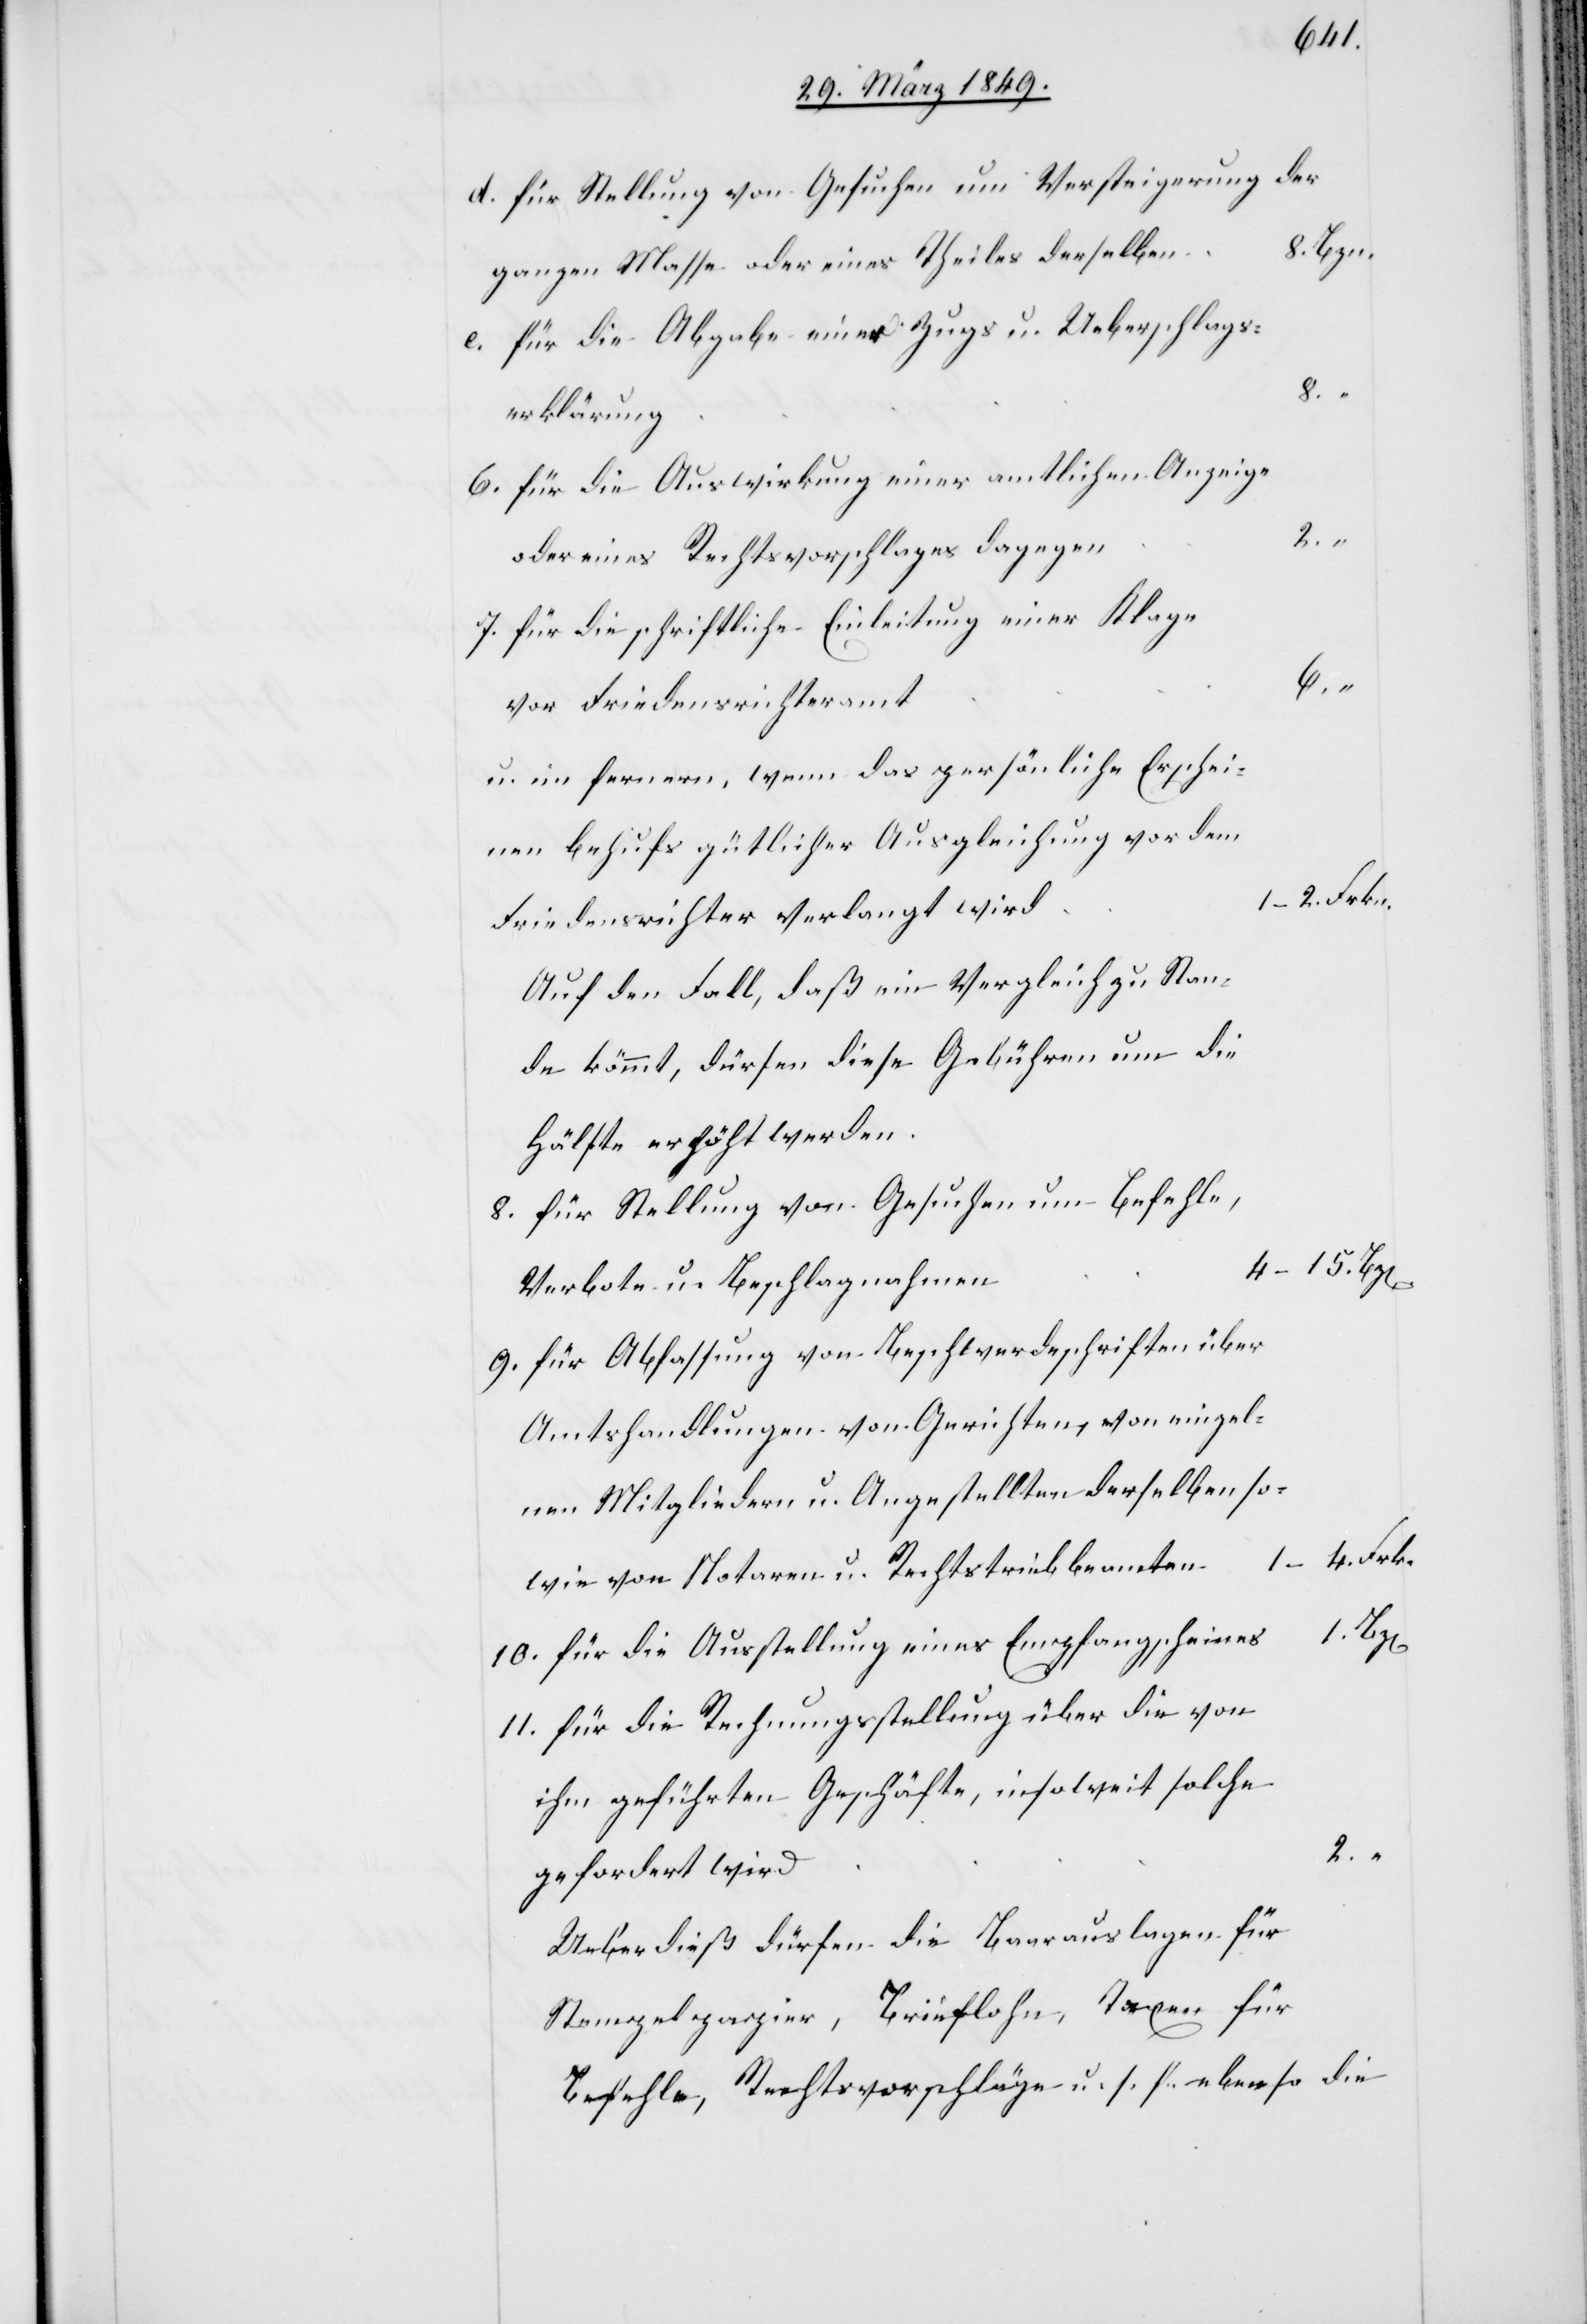
der
d. für Stellung von Gesuchen um Versteigerung
8. Bzn.
ganzen Masse oder eines Theiles derselben
e. für die Abgabe einer Zugs u. Ueberschlags¬
erklärung
6. für die Auswirkung einer amtlichen Anzeige
2. “
oder eines Rechtsvorschlages dagegen
7. für die schriftliche Einleitung einer Klage
vor Friedensrichteramt
u. im fernern, wenn das persönliche Erschei¬
nen behufs gütlicher Ausgleichung vor dem
1–4. Frk.
Friedensrichter verlangt wird.
Auf den Fall, daß ein Vergleich zu Stan¬
de kömmt, dürfen diese Gebühren um die
Hälfte erhöht werden.
8. für Stellung von Gesuchen um Befehle,
Verbote u. Beschlagnahmen
9. für Abfassung von Beschwerdeschriften über
Amtshandlungen von Gerichten, von einzel¬
nen Mitgliedern u. Angestellten derselben so¬
1.
wie von Notaren u. Rechtstriebbeamten
10. für die Ausstellung eines Empfangscheines
11. für die Rechnungsstellung über die von
ihm geführten Geschäfte, insoweit solche
gefordert wird
Ueberdieß dürfen die Baarauslagen für
Stempelpapier, Brieflohn, Taxen für
Befehle, Rechtsvorschläge u. s. f. ebenso die